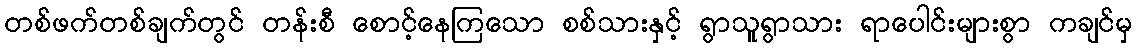
တစ်ဖက်တစ်ချက်တွင် တန်းစီ စောင့်နေကြသော စစ်သားနှင့် ရွာသူရွာသား ရာပေါင်းများစွာ ကချင်မှ